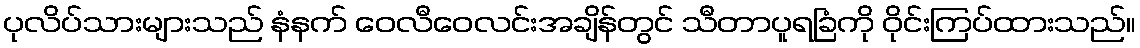
ပုလိပ်သားများသည် နံနက် ဝေလီဝေလင်းအချိန်တွင် သီတာပူရခြံကို ဝိုင်းကြပ်ထားသည်။